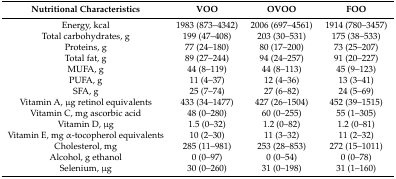
<table><thead><tr><td><b>Nutritional Characteristics</b></td><td><b>VOO</b></td><td><b>OVOO</b></td><td><b>FOO</b></td></tr></thead><tbody><tr><td>Energy, kcal</td><td>1983 (873–4342)</td><td>2006 (697–4561)</td><td>1914 (780–3457)</td></tr><tr><td>Total carbohydrates, g</td><td>199 (47–408)</td><td>203 (30–531)</td><td>175 (38–533)</td></tr><tr><td>Proteins, g</td><td>77 (24–180)</td><td>80 (17–200)</td><td>73 (25–207)</td></tr><tr><td>Total fat, g</td><td>89 (27–244)</td><td>94 (24–257)</td><td>91 (20–227)</td></tr><tr><td>MUFA, g</td><td>44 (8–119)</td><td>44 (8–113)</td><td>45 (9–123)</td></tr><tr><td>PUFA, g</td><td>11 (4–37)</td><td>12 (4–36)</td><td>13 (3–41)</td></tr><tr><td>SFA, g</td><td>25 (7–74)</td><td>27 (6–82)</td><td>24 (5–69)</td></tr><tr><td>Vitamin A, μg retinol equivalents</td><td>433 (34–1477)</td><td>427 (26–1504)</td><td>452 (39–1515)</td></tr><tr><td>Vitamin C, mg ascorbic acid</td><td>48 (0–280)</td><td>60 (0–255)</td><td>55 (1–305)</td></tr><tr><td>Vitamin D, μg</td><td>1.5 (0–32)</td><td>1.2 (0–82)</td><td>1.2 (0–81)</td></tr><tr><td>Vitamin E, mg α-tocopherol equivalents</td><td>10 (2–30)</td><td>11 (3–32)</td><td>11 (2–32)</td></tr><tr><td>Cholesterol, mg</td><td>285 (11–981)</td><td>253 (28–853)</td><td>272 (15–1011)</td></tr><tr><td>Alcohol, g ethanol</td><td>0 (0–97)</td><td>0 (0–54)</td><td>0 (0–78)</td></tr><tr><td>Selenium, μg</td><td>30 (0–260)</td><td>31 (0–198)</td><td>31 (1–160)</td></tr></tbody></table>